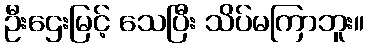
ဦးဌေးမြင့် သေပြီး သိပ်မကြာဘူး။